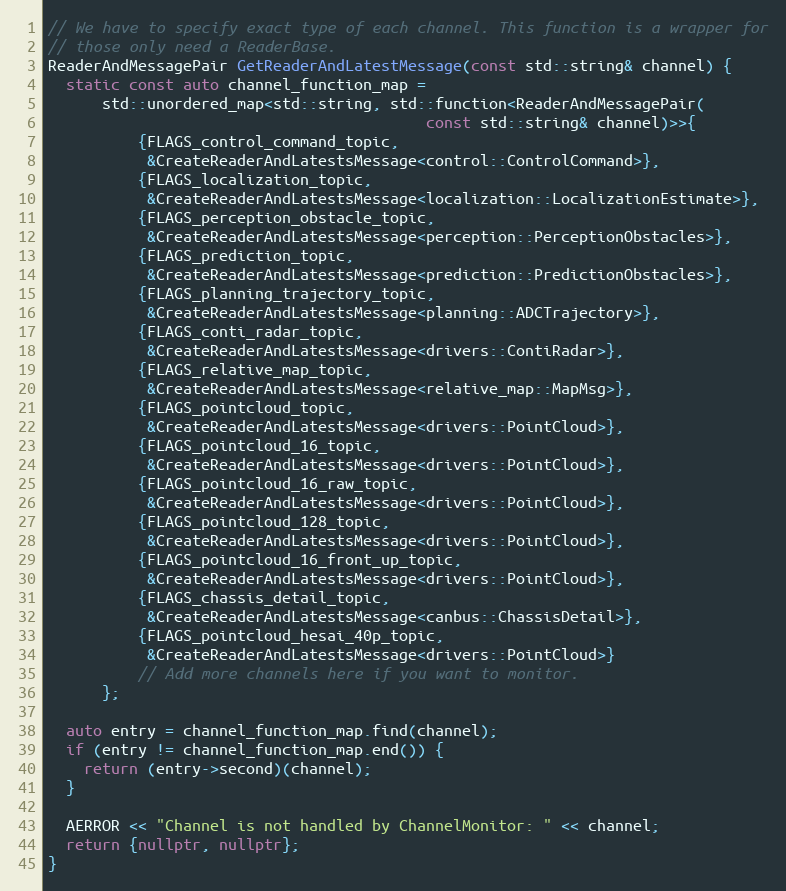
Language: C++
// We have to specify exact type of each channel. This function is a wrapper for
// those only need a ReaderBase.
ReaderAndMessagePair GetReaderAndLatestMessage(const std::string& channel) {
  static const auto channel_function_map =
      std::unordered_map<std::string, std::function<ReaderAndMessagePair(
                                          const std::string& channel)>>{
          {FLAGS_control_command_topic,
           &CreateReaderAndLatestsMessage<control::ControlCommand>},
          {FLAGS_localization_topic,
           &CreateReaderAndLatestsMessage<localization::LocalizationEstimate>},
          {FLAGS_perception_obstacle_topic,
           &CreateReaderAndLatestsMessage<perception::PerceptionObstacles>},
          {FLAGS_prediction_topic,
           &CreateReaderAndLatestsMessage<prediction::PredictionObstacles>},
          {FLAGS_planning_trajectory_topic,
           &CreateReaderAndLatestsMessage<planning::ADCTrajectory>},
          {FLAGS_conti_radar_topic,
           &CreateReaderAndLatestsMessage<drivers::ContiRadar>},
          {FLAGS_relative_map_topic,
           &CreateReaderAndLatestsMessage<relative_map::MapMsg>},
          {FLAGS_pointcloud_topic,
           &CreateReaderAndLatestsMessage<drivers::PointCloud>},
          {FLAGS_pointcloud_16_topic,
           &CreateReaderAndLatestsMessage<drivers::PointCloud>},
          {FLAGS_pointcloud_16_raw_topic,
           &CreateReaderAndLatestsMessage<drivers::PointCloud>},
          {FLAGS_pointcloud_128_topic,
           &CreateReaderAndLatestsMessage<drivers::PointCloud>},
          {FLAGS_pointcloud_16_front_up_topic,
           &CreateReaderAndLatestsMessage<drivers::PointCloud>},
          {FLAGS_chassis_detail_topic,
           &CreateReaderAndLatestsMessage<canbus::ChassisDetail>},
          {FLAGS_pointcloud_hesai_40p_topic,
           &CreateReaderAndLatestsMessage<drivers::PointCloud>}
          // Add more channels here if you want to monitor.
      };

  auto entry = channel_function_map.find(channel);
  if (entry != channel_function_map.end()) {
    return (entry->second)(channel);
  }

  AERROR << "Channel is not handled by ChannelMonitor: " << channel;
  return {nullptr, nullptr};
}